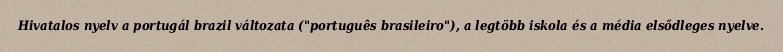
Hivatalos nyelv a portugál brazil változata ("português brasileiro"), a legtöbb iskola és a média elsődleges nyelve.